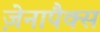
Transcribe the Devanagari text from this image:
ज़ेनापैक्स